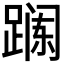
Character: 𲃯